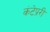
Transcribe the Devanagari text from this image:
कंटेप्ररी